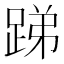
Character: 𨁃